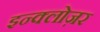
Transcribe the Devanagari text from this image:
इन्क्लोज़र